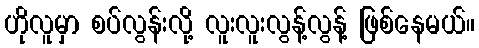
ဟိုလူမှာ စပ်လွန်းလို့ လူးလူးလွန့်လွန့် ဖြစ်နေမယ်။